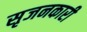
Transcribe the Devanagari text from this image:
सृजनकारी